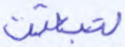
لتبعثن